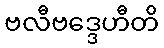
ဗလီဗဒ္ဒေဟီတိ